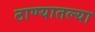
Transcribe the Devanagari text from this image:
ठाण्यातल्या